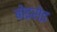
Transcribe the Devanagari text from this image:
बोइसेइ